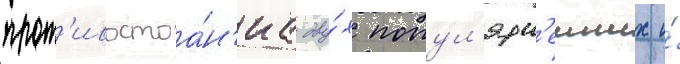
прот'ивостоа́н'иа дву́х попул'ярн'еиших и́